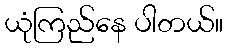
ယုံကြည်နေ ပါတယ်။